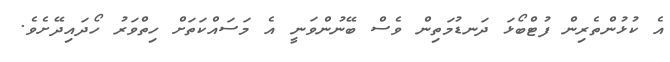
އެ ކުޅުންތެރިން ފުޓްބޯޅަ ދަނޑުމަތިން ވެސް ބޭނުންވަނީ އެ މަސައްކަތަށް ހިތްވަރު ހޯދައިދޭށެވެ.